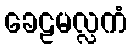
ခေဠမလ္လကံ